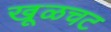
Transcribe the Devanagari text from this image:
खूळचट